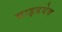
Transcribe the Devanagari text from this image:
वाइडवेब